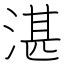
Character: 湛